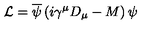
{ \cal L } = \overline { { \psi } } \left( i \gamma ^ { \mu } D _ { \mu } - M \right) \psi